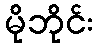
မိုဘိုင်း